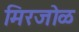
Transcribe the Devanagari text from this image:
मिरजोळ